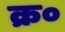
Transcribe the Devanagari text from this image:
क्र०